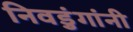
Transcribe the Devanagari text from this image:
निवडुंगांनी